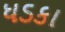
ધડકા